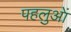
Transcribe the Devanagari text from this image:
पहलुआें